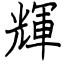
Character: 輝